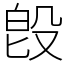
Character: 𣪘